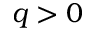
q > 0